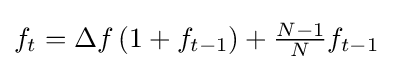
{\textstyle f_{t}=\Delta f\left(1+f_{t-1}\right)+{\tfrac {N-1}{N}}f_{t-1}}